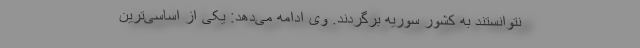
نتوانستند به کشور سوریه برگردند. وی ادامه می‌دهد: یکی از اساسی‌ترین